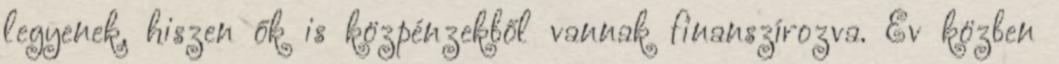
legyenek, hiszen ők is közpénzekből vannak finanszírozva. Év közben